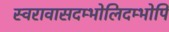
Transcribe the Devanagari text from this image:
स्वरावासदम्भोलिदम्भोपि